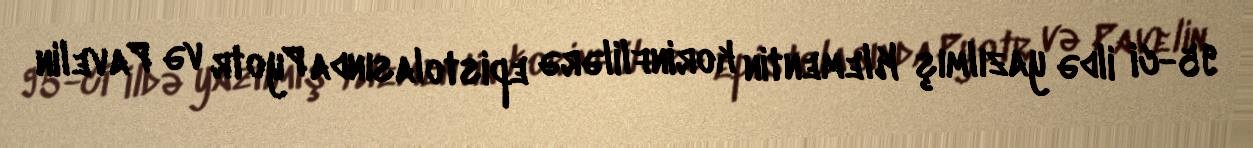
95-ci ildə yazılmış Klementin korinflilərə epistolasında Pyotr və Pavelin